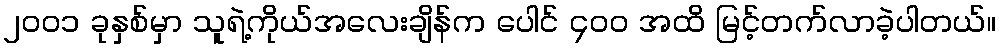
၂၀၀၁ ခုနှစ်မှာ သူရဲ့ကိုယ်အလေးချိန်က ပေါင် ၄၀၀ အထိ မြင့်တက်လာခဲ့ပါတယ်။